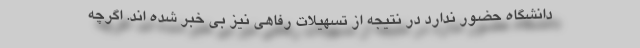
دانشگاه حضور ندارد در نتیجه از تسهیلات رفاهی نیز بی خبر شده اند. اگرچه